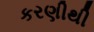
કરણીથી